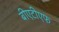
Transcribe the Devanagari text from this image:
बीएटीएफ